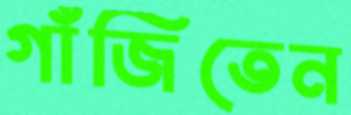
গাঁজিতেন